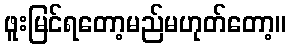
ဖူးမြင်ရတော့မည်မဟုတ်တော့။